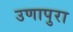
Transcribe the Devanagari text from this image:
उणापुरा